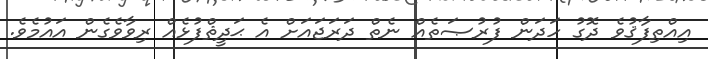
އިއްތިފާޤުވެ ދޮގު ހަދަން ފުރުޞަތެއް ނެތް ދަރަޖައަށް އެ ޙަދީޘްފުޅެއް ރިވާވެގެން އައުމެވެ.